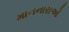
માનનારાઓ